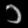
Digit: ၁